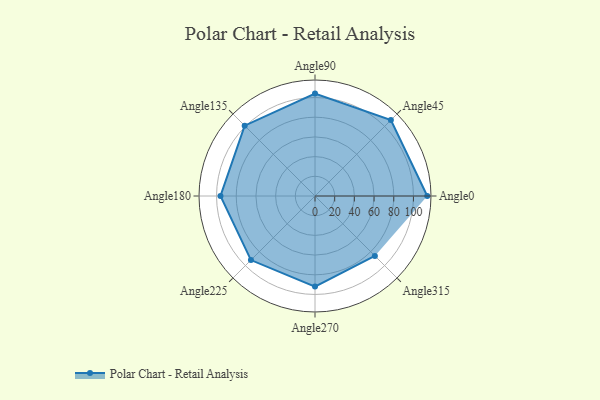
{"axis": {"x": "Angle", "y": "Radius"}, "legend": [""], "data": [{"x": "Angle0", "y": 114.0, "type": ""}, {"x": "Angle45", "y": 109.0, "type": ""}, {"x": "Angle90", "y": 104.0, "type": ""}, {"x": "Angle135", "y": 101.0, "type": ""}, {"x": "Angle180", "y": 96.0, "type": ""}, {"x": "Angle225", "y": 92.0, "type": ""}, {"x": "Angle270", "y": 92.0, "type": ""}, {"x": "Angle315", "y": 86.0, "type": ""}]}